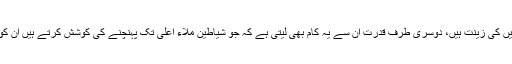
اس سے معلوم ہوا کہ ستارے ایک طرف تو آسمان زیریں کی زینت ہیں، دوسری طرف قدرت ان سے یہ کام بھی لیتی ہے کہ جو شیاطین ملاء اعلیٰ تک پہنچنے کی کوشش کرتے ہیں ان کو انہی ستاروں کے ذریعے سے سرزنش کی جاتی ہے۔